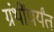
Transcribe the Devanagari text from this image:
ग्रंथींपर्यंत